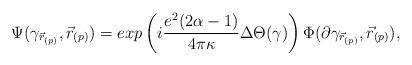
LaTeX: \begin{align*}\Psi(\gamma_{\vec{r}_{(p)}}, \vec{r}_{(p)})=exp\left(i\frac{e^2(2\alpha-1)}{4\pi\kappa}\Delta\Theta(\gamma)\right)\Phi(\partial\gamma_{\vec{r}_{(p)}},\vec{r}_{(p)}), \end{align*}